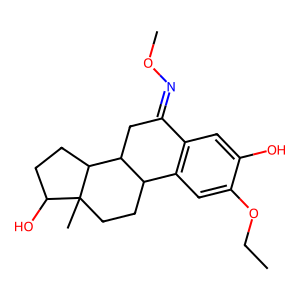
SMILES: CCOc1cc2c(cc1O)C(=NOC)CC1C2CCC2(C)C(O)CCC12
Inhibits HIV replication: No